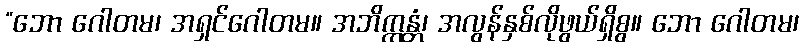
“ဘော ဂေါတမ၊ အရှင်ဂေါတမ။ အဘိက္ကန္တံ၊ အလွန်နှစ်လိုဖွယ်ရှိစွ။ ဘော ဂေါတမ၊